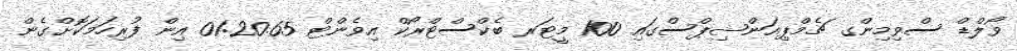
ވޯލްޑް ސްވިމިންގ ޗެމްޕިއަންޝިޕްސްގައި 100 މީޓަރ ބެކްސްޓްރޯކް އިވެންޓް 01:20.65 އިން ފުރިހަމަކޮށްގެން